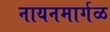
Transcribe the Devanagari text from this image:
नायनमार्गळ